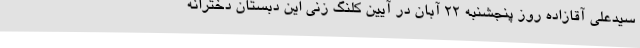
سیدعلی آقازاده روز پنجشنبه 22 آبان در آیین کلنگ زنی این دبستان دخترانه